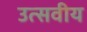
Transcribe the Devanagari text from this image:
उत्सवीय